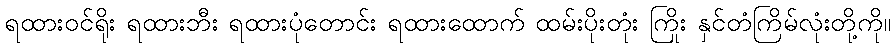
ရထားဝင်ရိုး ရထားဘီး ရထားပုံတောင်း ရထားထောက် ထမ်းပိုးတုံး ကြိုး နှင်တံကြိမ်လုံးတို့ကို။